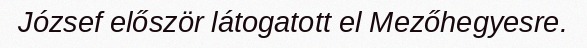
József először látogatott el Mezőhegyesre.